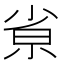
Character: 𡭽